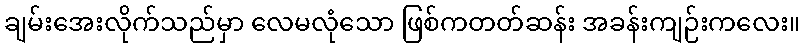
ချမ်းအေးလိုက်သည်မှာ လေမလုံသော ဖြစ်ကတတ်ဆန်း အခန်းကျဉ်းကလေး။